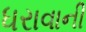
ધરાવાની